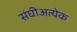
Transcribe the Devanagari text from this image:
संघीअत्येक